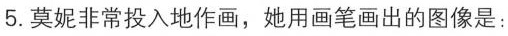
5. 莫妮非常投入地作画，她用画笔画出的图像是：